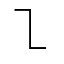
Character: ㇅